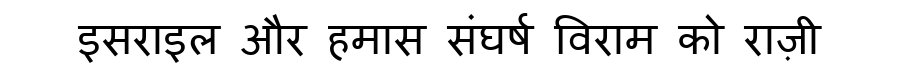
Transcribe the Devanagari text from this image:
इसराइल और हमास संघर्ष विराम को राज़ी